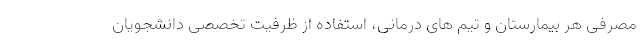
مصرفی هر بیمارستان و تیم های درمانی، استفاده از ظرفیت تخصصی دانشجویان